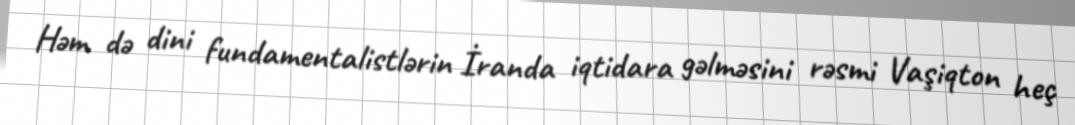
Həm də dini fundamentalistlərin İranda iqtidara gəlməsini rəsmi Vaşiqton heç